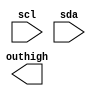
module out16hi(scl,sda,outhigh);
input scl,sda;
output [15:0] outhigh;
reg [5:0] mstate;
reg [3:0] pdata,
            padatabuf;
reg [15:0] outhigh;
reg StartFlag,EndFlag;
always @(negedge sda) begin
    if(scl)
    begin
      StartFlag<=1;
    end
    else if(EndFlag)
        StartFlag<=0;
    end
endmodule